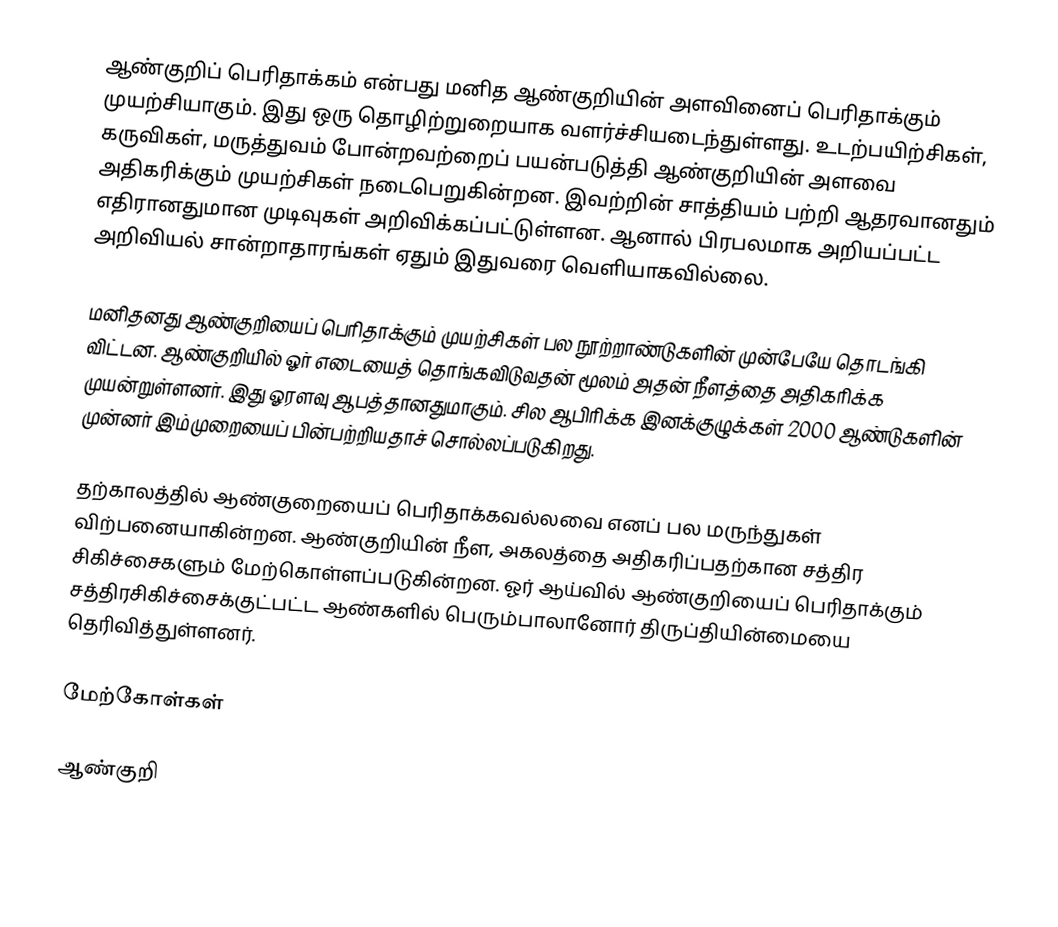
ஆண்குறிப் பெரிதாக்கம் என்பது மனித ஆண்குறியின் அளவினைப் பெரிதாக்கும் முயற்சியாகும். இது ஒரு தொழிற்றுறையாக வளர்ச்சியடைந்துள்ளது. உடற்பயிற்சிகள், கருவிகள், மருத்துவம் போன்றவற்றைப் பயன்படுத்தி ஆண்குறியின் அளவை அதிகரிக்கும் முயற்சிகள் நடைபெறுகின்றன. இவற்றின் சாத்தியம் பற்றி ஆதரவானதும் எதிரானதுமான முடிவுகள் அறிவிக்கப்பட்டுள்ளன. ஆனால் பிரபலமாக அறியப்பட்ட அறிவியல் சான்றாதாரங்கள் ஏதும் இதுவரை வெளியாகவில்லை.

மனிதனது ஆண்குறியைப் பெரிதாக்கும் முயற்சிகள் பல நூற்றாண்டுகளின் முன்பேயே தொடங்கி விட்டன. ஆண்குறியில் ஓர் எடையைத் தொங்கவிடுவதன் மூலம் அதன் நீளத்தை அதிகரிக்க முயன்றுள்ளனர். இது ஓரளவு ஆபத்தானதுமாகும். சில ஆபிரிக்க இனக்குழுக்கள் 2000 ஆண்டுகளின் முன்னர் இம்முறையைப் பின்பற்றியதாச் சொல்லப்படுகிறது.

தற்காலத்தில் ஆண்குறையைப் பெரிதாக்கவல்லவை எனப் பல மருந்துகள் விற்பனையாகின்றன. ஆண்குறியின் நீள, அகலத்தை அதிகரிப்பதற்கான சத்திர சிகிச்சைகளும் மேற்கொள்ளப்படுகின்றன. ஓர் ஆய்வில் ஆண்குறியைப் பெரிதாக்கும் சத்திரசிகிச்சைக்குட்பட்ட ஆண்களில் பெரும்பாலானோர் திருப்தியின்மையை தெரிவித்துள்ளனர்.

மேற்கோள்கள்

ஆண்குறி